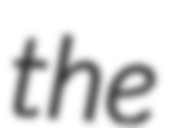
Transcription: the